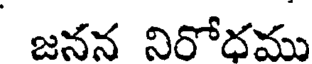
జనన నిరోధము